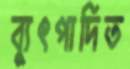
ব্যুৎপাদিত